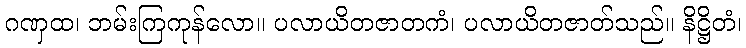
ဂဏှထ၊ ဘမ်းကြကုန်လော။ ပလာယိတဇာတကံ၊ ပလာယိတဇာတ်သည်။ နိဋ္ဌိတံ၊